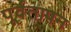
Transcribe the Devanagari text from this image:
पूर्वतापन